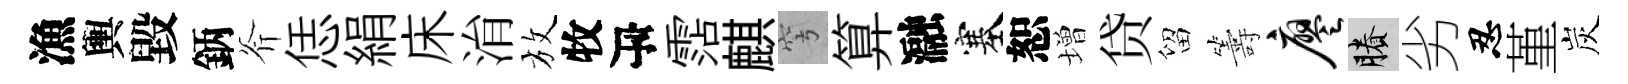
漁輿毀鈵斧恁絹床㳙放牧瓴霑麒穹算瀜塞恕増贷留籌廖賸劣忍堇炭